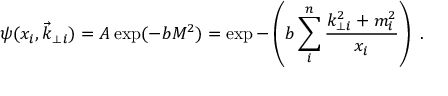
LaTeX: \psi ( x _ { i } , \vec { k } _ { \perp } { } _ { i } ) = A \exp ( - b { \cal M } ^ { 2 } ) = \exp - \left( b \sum _ { i } ^ { n } { \frac { k _ { \perp i } ^ { 2 } + m _ { i } ^ { 2 } } { x _ { i } } } \right) \ .